Annual administration and progress report of the Indian Medical Department, Bombay
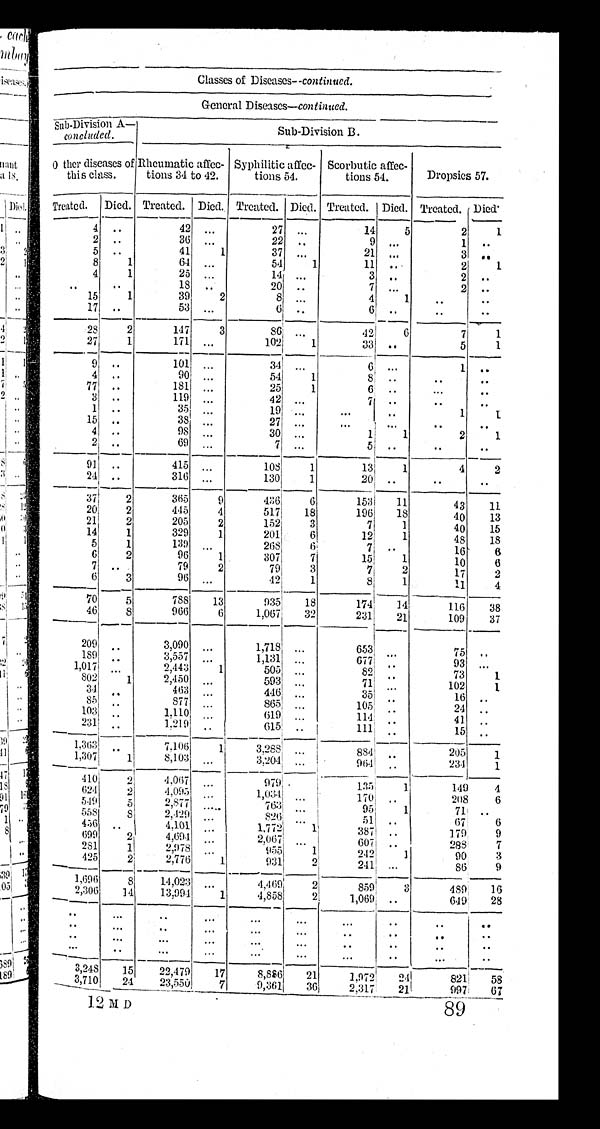
Classes of Diseases—continued.
General Diseases—continued.
Sub-Division A—
concluded.
Sub-Division B.
Other diseases of Rheumatic
this class.
Rhe uma t i c a f f e c -
tions 34 to 42.
Syphilitic affec-
tions 54.
Scorbutic affec-
tions 54.
Dropsies 57.
Treated. Died. Treated. Died. Treated. Died. Treated. Died. Treated. Died.
4 ..
42 ...
27 ...
14 5
2 1
2 ..
36 ...
22 ..
9 . . .
1 ..
5 ..
41 1
37 ...
21 . . .
3 . .
8 1
64 ...
54 1
11 ...
2 1
4 1
25 ...
14 ...
3 ..
2 ..
. .
. .
18 . .
20 ..
7
. . .
2 ..
15 1
39 2
8
. . .
4 1 ..
..
17 ..
53 ...
6 ..
6 ..
..
..
28 2
147 3
86 ...
42 6
7 1
27 1
171 . . .
102 1
33 ..
5 1
9 ..
101 . . .
34 ...
6 ...
1
. .
4 ..
90 . . .
54 1
8 ..
. .
. .
77 ..
181 . . .
25 1
6 ..
...
..
3 ..
119 . . .
42 . . .
7 . .
. .
..
1 ..
35 ...
19 ...
. . .
. .
1 1
15 ..
38 . . .
27 ...
. . .
. . . . .
..
4 ..
98
. . .
30 ...
1 1
2 1
2 ..
69
. . .
7 . . .
5 . .
. .
. .
91 . .
415 . . .
108 1
1 3 1
4 2
24 ..
316 . . .
130 1
2 0 . .
..
. .
3 7 2
365 9
436 6
153 11
43 11
20 2
445 4
517 18
196 18
40
1 3
21 2
205 2
152 3
7 1
40
1 5
14 1
329 1
201 6
12 1
48 18
5 1
139
. . . 268
6
7
. .
16 6
6 2
96 1
307 7
15
1
10
6
7 ..
79
2
79 3
7 2
17
2
6 3
96 ...
42 1
8 1
11 4
70 5
788 13
935 18
1 7 4 14
1 1 6
3 8
46
8
966 6
1,067 32
231 21
109 37
209
. . 3,090
. . . 1,718
. . . 653
. . .
7 5
. .
189
..
3,557 ...
1,131
...
677 . .
9 3 . . .
1,017 . . .
2,443
1
505
...
82 . .
7 3 1
802 1
2,450
. . . 593
...
71 . . .
102
1
34 . .
463
...
446
...
35
. .
16
. .
85
. .
877
. . . 865
. . . 105 . .
24 . .
103 . .
1,110 ...
619 ...
114
. .
41 . .
231 . .
1,219
. . 615 ..
1 1 1 . .
15 . .
1,363 . .
7 , 1 0 6
1
3,288
. . . 884
. .
2 0 5
1
1,307 1 8,103
. . . 3,204 . . .
964 . .
2 3 4 1
410 2 4,067
. . .
979
135 1
1 4 9
4
624 2 4 , 0 9 5
. . .
1,034
. . .
1 7 0
. .
2 0 8 6
5 4 9
5
.
2,877 . . .
7 6 3 . . .
9 5 ..
7 1
. .
5 5 8
8 2,429 . . .
8 2 6 . . .
5 1
. .
6 7 6
456
. . 4,101 . . .
1,772 1
3 8 7 . .
1 7 9
9
699 2
4,694 ...
2,067
. . .
6 0 7 ..
2 8 8
7
2 8 1 1
2,978 . . .
955 1
242
1
9 0
3
425 2
2,776 1
931 2
241
. . .
86 9
1,696 8 14,023
. . . 4,469 2
859
3
4 8 9 1 6
2,306 14 13,994 1
4,858 2
1,069
. .
6 4 9
2 8
. . . . .
. . . . .
. . . . . .
. . . . .
. .
. .
. .
. . .
. .
. . .
. . .
. . . . .
. . . .
. .
. .
. . .
. . . . . .
. . .
. . .
. .
. .
. .
. .
. . .
. .
. . .
. . . . . .
. . .
. . . . .
. . .
. .
3,248 15
2 2 , 4 7 9
17
8 , 8 8 6
2 1
1 , 9 7 2
2 4
8 2 1
5 8
3,710 24
2 3 , 5 5 0 7
9 , 3 6 1
3 6
2 , 3 1 7
2 1
9 9 7
6 7
12 MD 89